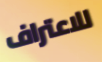
للاعتراف